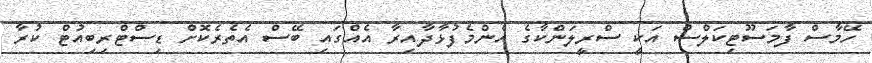
ހޭމާސް ފާމަސޫޓިކަލްސް އަކީ ސްރީލަންކާގެ އެންމެފުޅާދާއިރާ އެއްގައި ބޭސް އެތެރެކޮށް ޑިސްޓްރިބިއުޓް ކުރާ